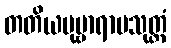
တတိယပုဗ္ဗာရာမသုတ္တံ